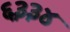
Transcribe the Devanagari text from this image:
६३३४